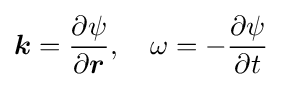
{\boldsymbol {k}}={\frac {\partial \psi }{\partial {\boldsymbol {r}}}},\quad \omega =-{\frac {\partial \psi }{\partial t}}